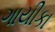
ગાયીકા